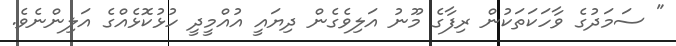
" ސަމަދުގެ ވާހަކަތަކުން ރިފާގެ މޫނު އަލިވެގެން ދިޔައީ އުއްމީދީ ހުޅުކޮޅެއްގެ އަލިންނެވެ.